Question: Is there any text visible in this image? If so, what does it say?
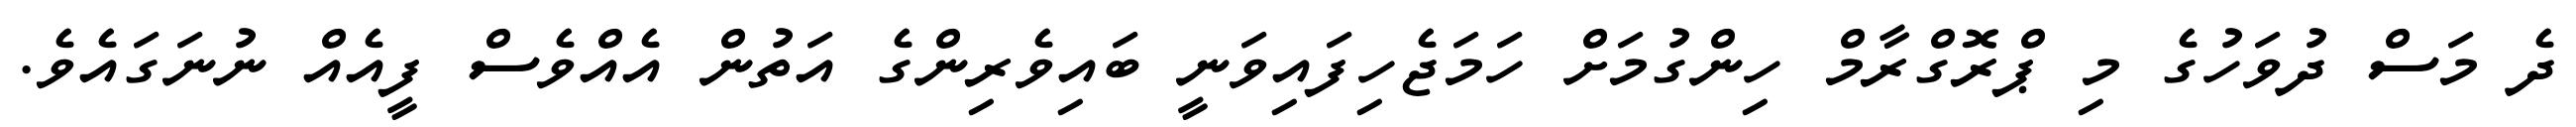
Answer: ދެ މަސް ދުވަހުގެ މި ޕްރޮގްރާމް ހިންގުމަށް ހަމަޖެހިފައިވަނީ ބައިވެރިންގެ އަތުން އެއްވެސް ފީއެއް ނުނަގައެވެ.